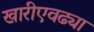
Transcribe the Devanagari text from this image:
खारीएवढ्या